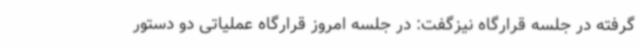
گرفته در جلسه قرارگاه نیزگفت: در جلسه امروز قرارگاه عملیاتی دو دستور